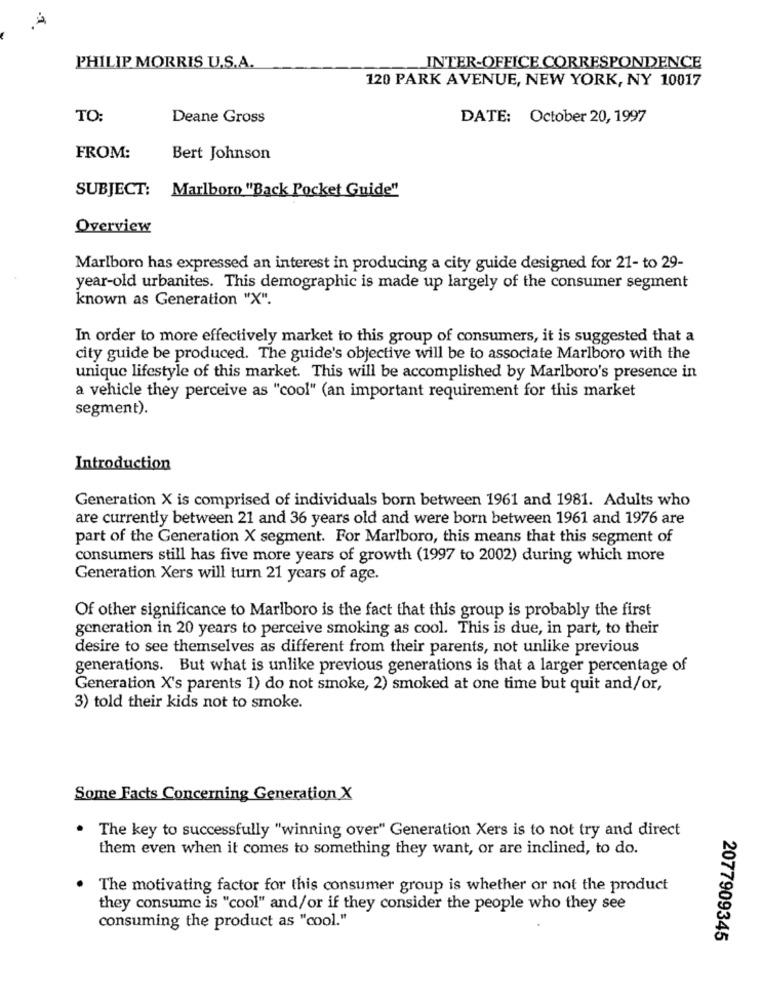
A
PHILIP MORRIS U.S.A.
INTER-OFFICE CORRESPONDENCE
120 PARK AVENUE, NEW YORK, NY 10017
TO:
Deane Gross
DATE: October 20, 1997
FROM:
Bert Johnson
SUBJECT: Marlboro "Back Pocket Guide"
Overview
Marlboro has expressed an interest in producing a city guide designed for 21- to 29-
year-old urbanites. This demographic is made up largely of the consumer segment
known as Generation "X".
In order to more effectively market to this group of consumers, it is suggested that a
city guide be produced. The guide's objective will be to associate Marlboro with the
unique lifestyle of this market. This will be accomplished by Marlboro's presence in
a vehicle they perceive as "cool" (an important requirement for this market
segment).
Introduction
Generation X is comprised of individuals born between 1961 and 1981. Adults who
are currently between 21 and 36 years old and were born between 1961 and 1976 are
part of the Generation X segment. For Marlboro, this means that this segment of
consumers still has five more years of growth (1997 to 2002) during which more
Generation Xers will turn 21 years of age.
Of other significance to Marlboro is the fact that this group is probably the first
generation in 20 years to perceive smoking as cool. This is due, in part, to their
desire to see themselves as different from their parents, not unlike previous
generations. But what is unlike previous generations is that a larger percentage of
Generation X's parents 1) do not smoke, 2) smoked at one time but quit and/or,
3) told their kids not to smoke.
Some Facts Concerning Generation X
The key to successfully "winning over" Generation Xers is to not try and direct
them even when it comes to something they want, or are inclined, to do.
The motivating factor for this consumer group is whether or not the product
they consume is "cool" and/or if they consider the people who they see
consuming the product as "cool."
2077909345